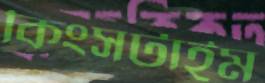
কিংসটাইম